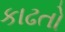
કાઢતો